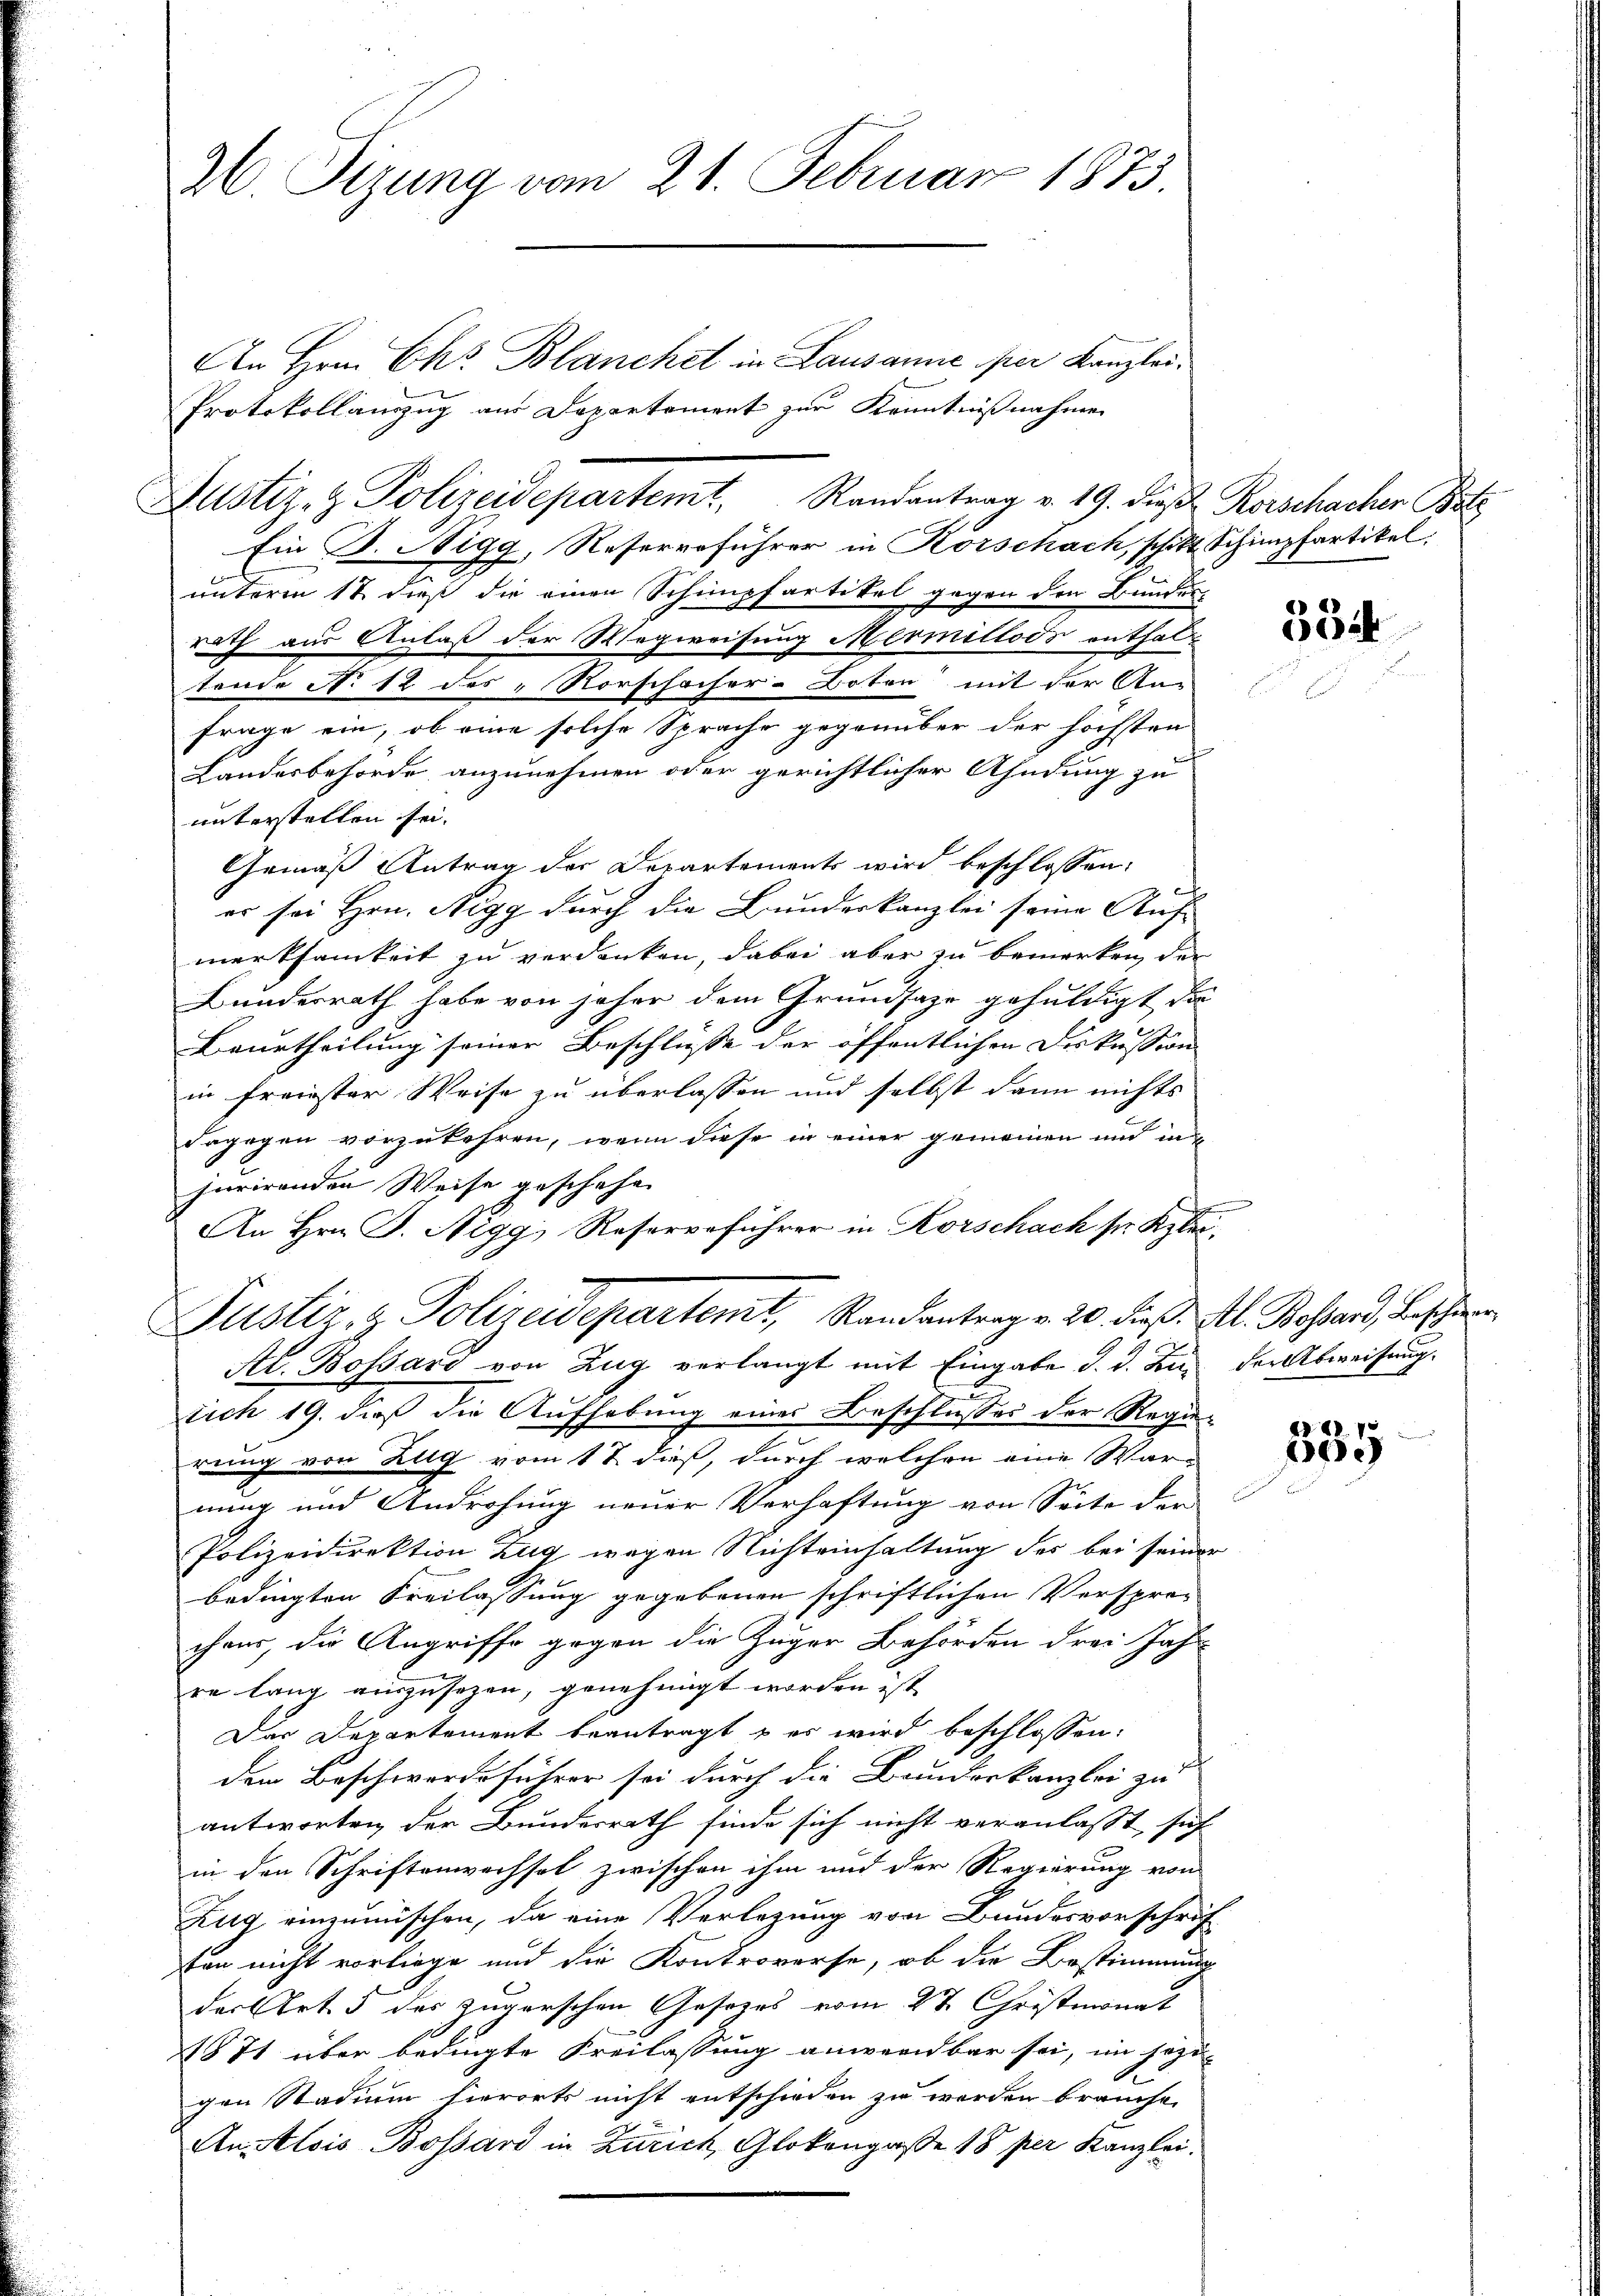
36. Fizung vom 21. Februar 1873.

An Hrn. Chr. Blanchet in Lausanne per Kanzlei¬
Protokollauszug aus Departement zur Kenntnißnahme
Ein D. Nigg, Reserveführer in Korschach, schikt Schimpfartikel,
unterm 18. dieß die einen Schimpfartikel gegen den Bunden
rath aus Anlaß der Wegweisung Mermilloos enthaltende No 12 des Rorschacher-Boten mit der An-
frage ein, ob eine solche Sprache gegenüber der höchsten
Landesbehörde anzunehmen oder gerichtlicher Ahndung zu
unterstellen sei.
Gemäß Antrag der Departements wird beschlossen:
er sei Hrn. Negg durch die Bundeskanzlei seine Auf-
merksamkeit zu verdanken, dabei aber zu bemerken, der
Bundesrath habe von jeher dem Grundsaze gehuldigt die
Beurtheilung seiner Beschlüsse der öffentlichen Diskussion
in freiester Weise zu überlassen und selbst dann nichts
dagegen vorzukehren, wenn diese in einer gemeinen und in
jurirenden Weise geschehen
An Hrn. F. Niggs Reserveführer in Korschach sr. Klei¬
Pustiz- & Polizeidepartemt, Randantrag v. 20. dieß. Al. Bossard, Beschen
Al. Bossard von Zug verlangt mit Eingabe d. d. Zur der Abweisung.
sich 19. dieß die Aufhebung eines Beschlußes der Regierung von Zug vom 1t dieß, durch welchen eine Warnung und Androhung neuer Verhaftung von Seite der
Polizeidirektion Zug wegen Nichteinhaltung des bei seiner
bedingten Freilassung gegebenen schriftlichen Versproc
chens, die Angriffe gegen die Zuger Behörden drei Jahr-
re lang auszusehen, genehmigt worden ist
Der Departement beantragt u es wird beschlossen:
den Beschwerdeführer sei durch die Bundeskanzlei zu
antworten der Bundesrath finde sich nicht veranlasst, sich
in den Schriftenwechsel zwischen ihm und der Regierung von
Zug einzumüschen, da eine Verlegung von Bundesvorschrif-
ten nicht vorliege und die Kontroverse, ob die Bestimmung
der Art. 5 des zugerschen Gesezes vom 27. Christmonat
1871 über bedingte Freilassung anwendbar sei, im sozi-
gen Stadium hierorts nicht entschieden zu werden brauche.
An Alois Bossard in Zürich, Glokengaße 18 per Kanzlei.

Justiz- & Polizeidepartemt, Randantrag v. 19. die Korschacher Batz

554

.
9